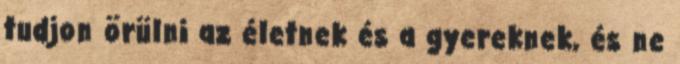
tudjon örülni az életnek és a gyereknek, és ne